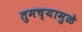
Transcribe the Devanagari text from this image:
तुमच्यामुळे